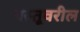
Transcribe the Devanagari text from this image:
वस्तूवरील